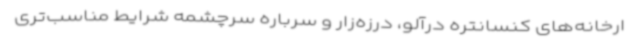
ارخانه‌های کنسانتره درآلو، درزه‌زار و سرباره سرچشمه شرایط مناسب‌تری